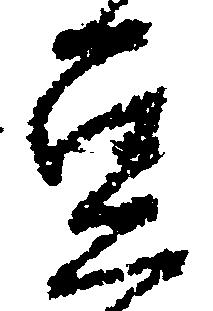
豆